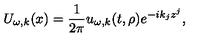
U _ { \omega , k } ( x ) = { \frac { 1 } { 2 \pi } } u _ { \omega , k } ( t , \rho ) e ^ { - i k _ { j } z ^ { j } } ,